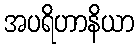
အပရိဟာနိယာ